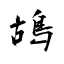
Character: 鴣